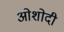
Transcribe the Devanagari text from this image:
ओशोदी